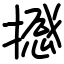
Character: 撼